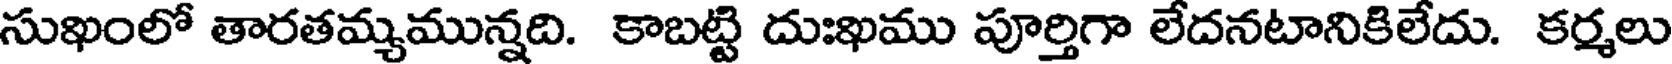
సుఖంలో తారతమ్యమున్నది. కాబట్టి దుఃఖము పూర్తిగా లేదనటానికిలేదు. కర్మలు